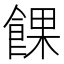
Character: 餜